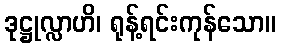
ဒုဋ္ဌုလ္လာဟိ၊ ရုန့်ရင်းကုန်သော။